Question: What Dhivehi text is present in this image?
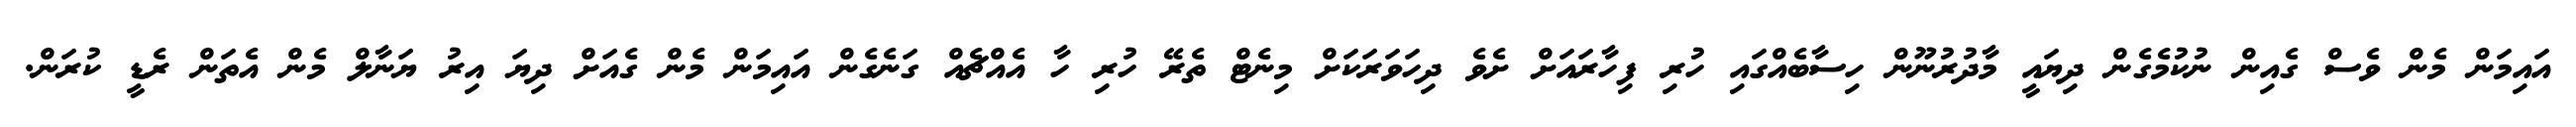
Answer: އައިމަން މެން ވެސް ގެއިން ނުކުމެގެން ދިޔައީ މާދުރުނޫން ހިސާބެއްގައި ހުރި ފިހާރައަށް ށެވެ ދިހަވަރަކަށް މިނެޓް ތެރޭ ހުރި ހާ އެއްޗެއް ގަނެގެން އައިމަން މެން ގެއަށް ދިޔަ އިރު ޔަނާލް މެން އެތަން ރެޑީ ކުރަން.